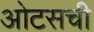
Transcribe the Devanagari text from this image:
ओटसची